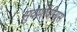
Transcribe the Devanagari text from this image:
सुवर्णात्रीनास